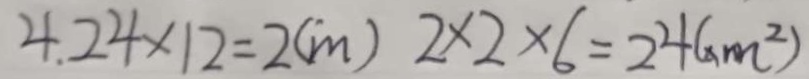
4 . 2 4 \times 1 2 = 2 ( m ) 2 \times 2 \times 6 = 2 4 ( x m ^ { 2 } )